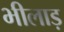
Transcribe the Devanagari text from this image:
भीलाड़